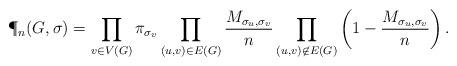
LaTeX: \begin{align*}\P_n(G, \sigma) = \prod_{v \in V(G)} \pi_{\sigma_v}\prod_{(u, v) \in E(G)} \frac{M_{\sigma_u,\sigma_v}}{n}\prod_{(u, v) \not \in E(G)} \left(1 - \frac{M_{\sigma_u,\sigma_v}}{n}\right).\end{align*}